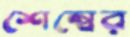
শেম্বের